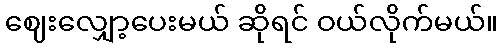
ဈေးလျှော့ပေးမယ် ဆိုရင် ဝယ်လိုက်မယ်။